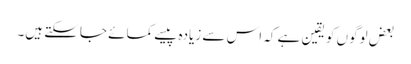
بعض لوگوں کو یقین ہے کہ اس سے زیادہ پیسے کمائے جاسکتے ہیں۔